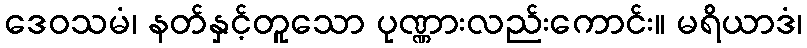
ဒေဝသမံ၊ နတ်နှင့်တူသော ပုဏ္ဏားလည်းကောင်း။ မရိယာဒံ၊